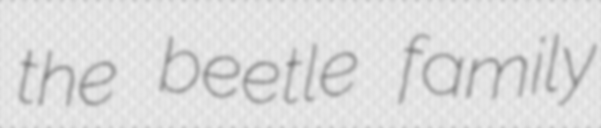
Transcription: the beetle family